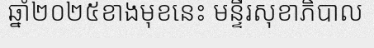
ឆ្នាំ២០២៥ខាងមុខនេះ មន្ទីរសុខាភិបាល